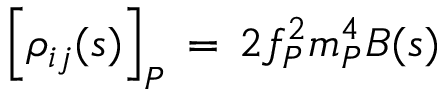
\left[ \rho _ { i j } ( s ) \right] _ { P } \, = \, 2 f _ { P } ^ { 2 } m _ { P } ^ { 4 } B ( s )